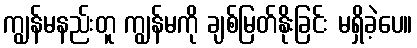
ကျွန်မနည်းတူ ကျွန်မကို ချစ်မြတ်နိုးခြင်း မရှိခဲ့ပေ။